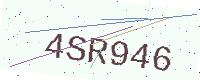
Text: 4SR946